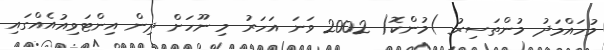
މުހައްމަދު މުންތަސިރު )މުންކޮ( 2002 ވަނަ އަހަރު މި ނޫހަށް ދިން އިންޓަވިއުއެއްގައި